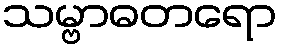
သမ္ဗာဓတရော